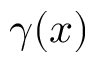
\gamma ( x )